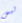
ليس